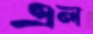
এল